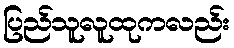
ပြည်သူလူထုကလည်း